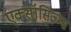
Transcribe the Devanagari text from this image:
एक्सॉसिज़्म्स